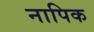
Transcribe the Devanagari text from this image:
नापिक